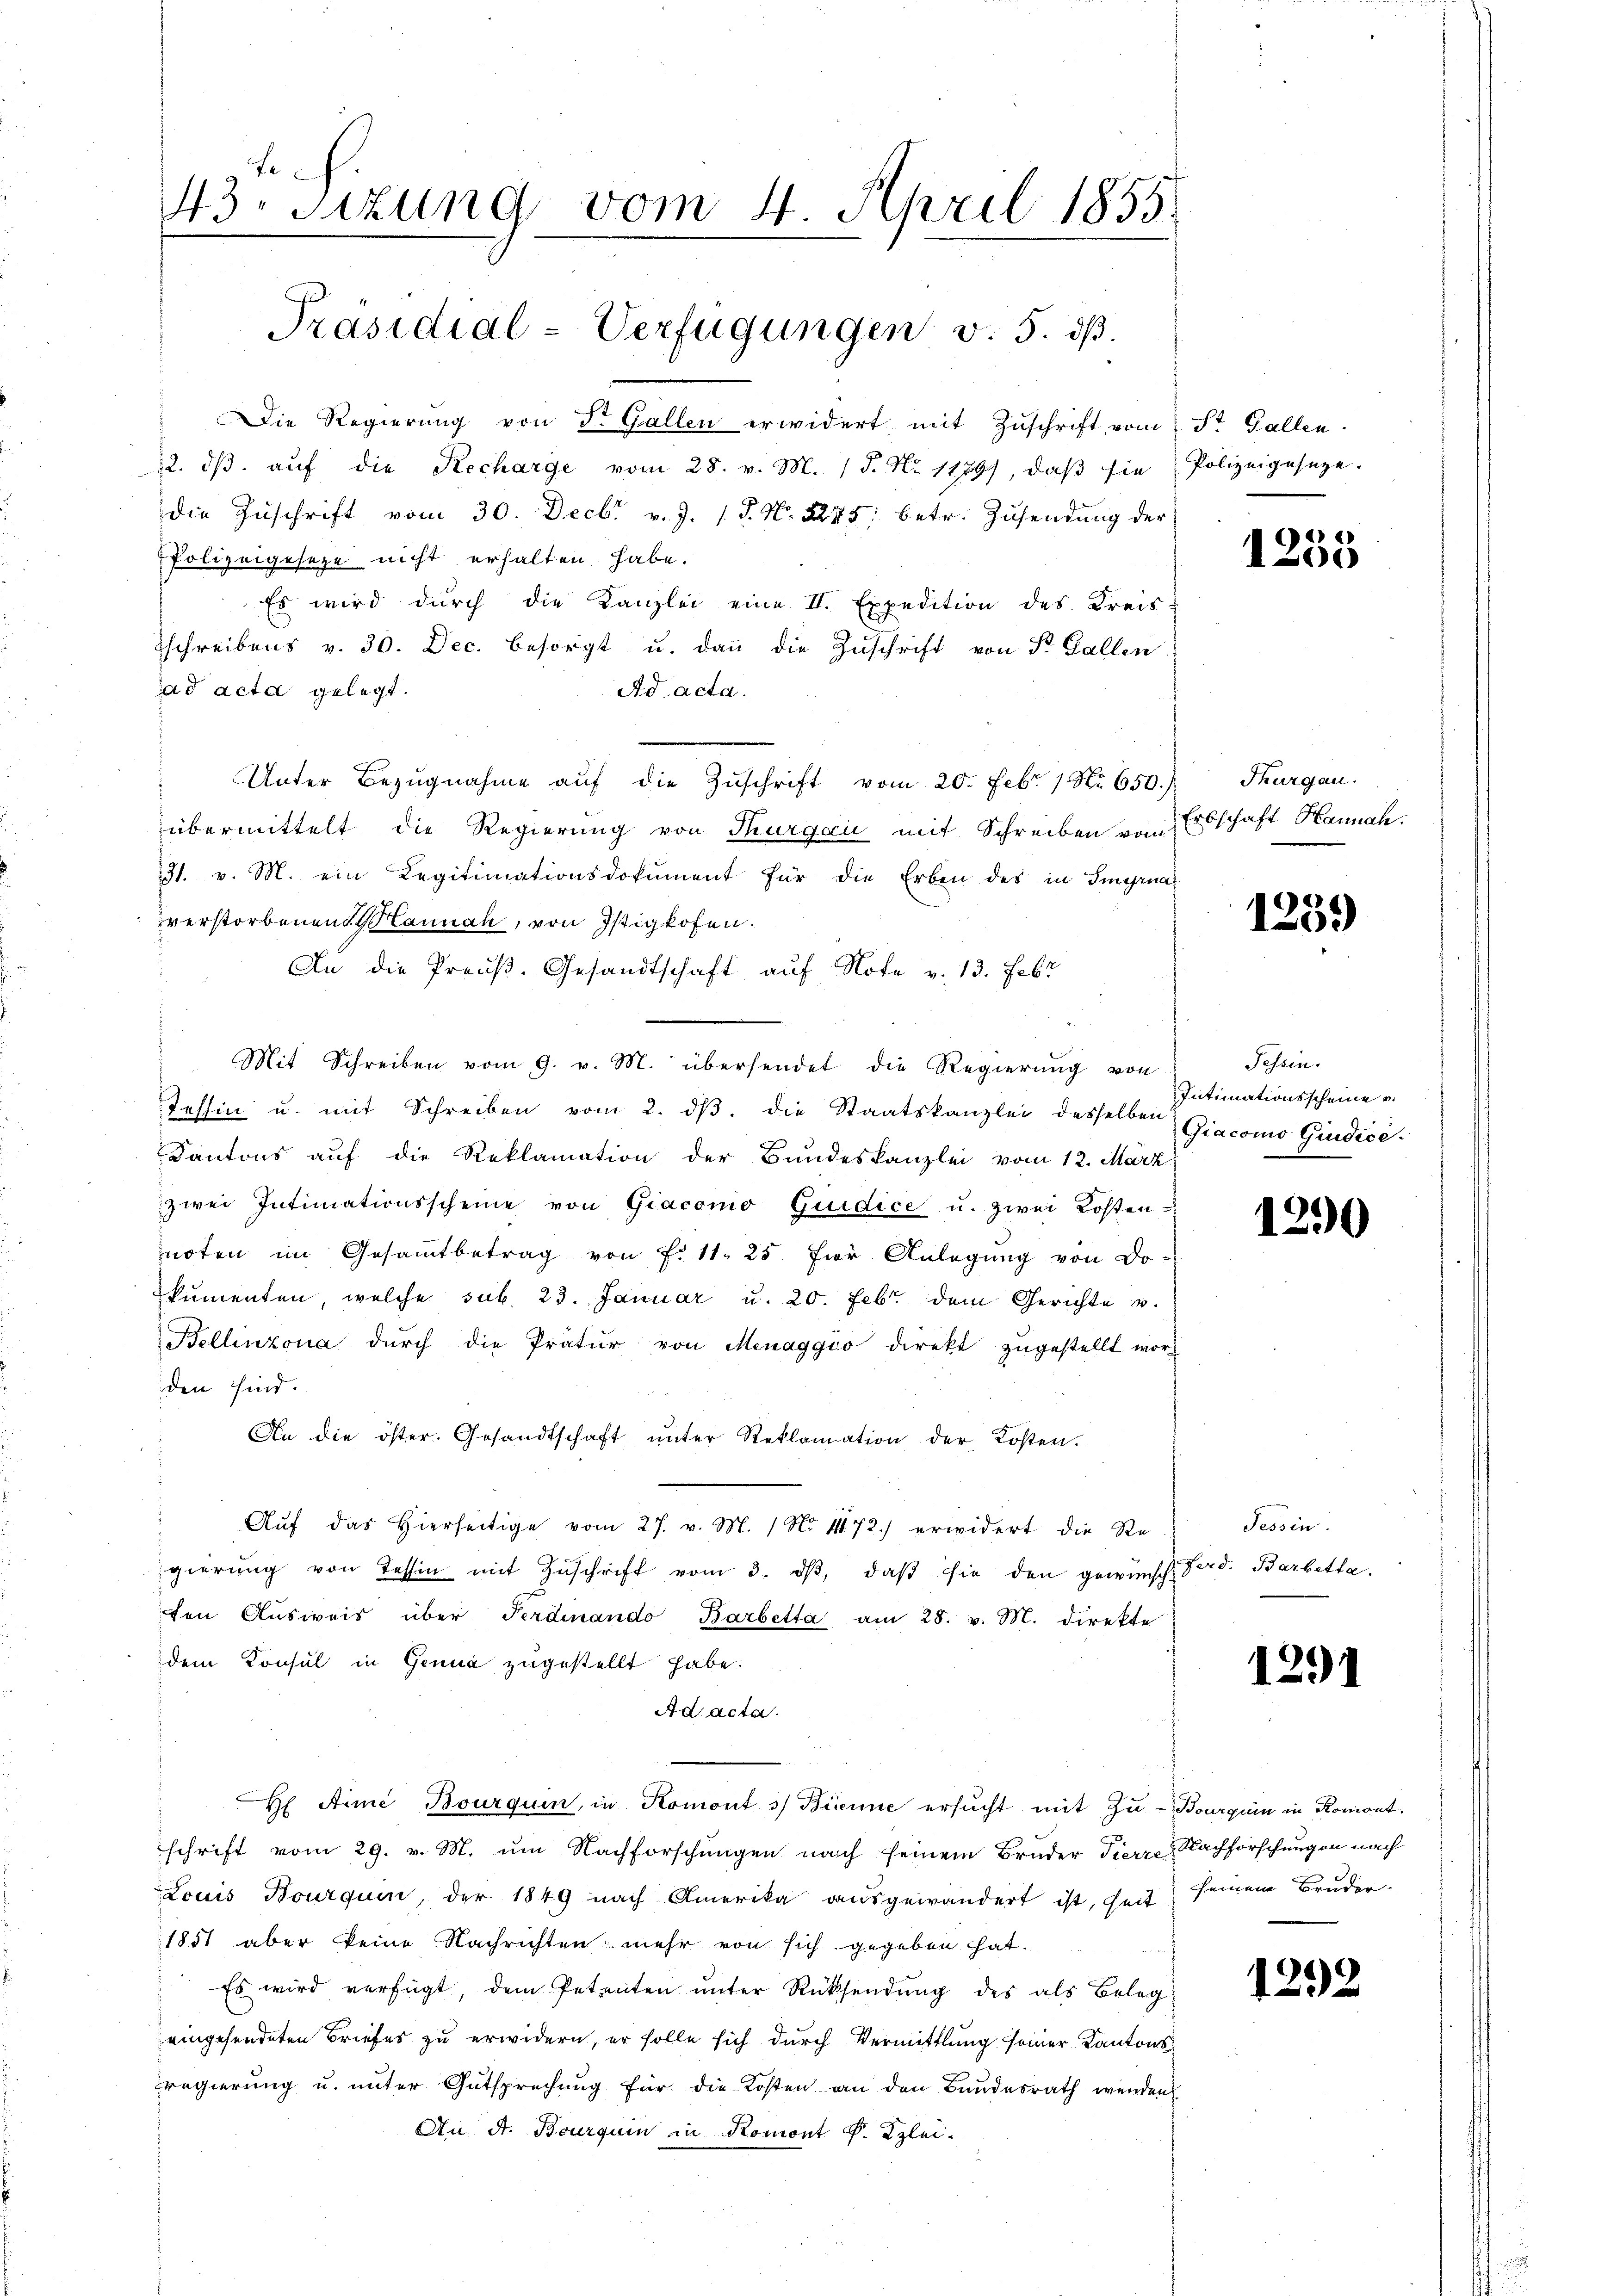
43. Sizung vom 4. April 1855.
Präsidial-Verfügungen v. 5. dβ.

Die Regierung von d. Gallen erwidert mit Zuschrift vom St. Gallen.
22. dβ aŭf die Recharge vom 28. v. M. 15. No 1179), daβ sie Polizeigeseze.
die Zuschrift vom 30. Decbr v. J. 1 S. Nr. 2245; betr. Zusendung der
Polizeigeseze nicht erhalten habe.
Es wird durch die Kanzlei eine II. Expedition des Kreisschreibens v. 30. Dec. besorgt u. dann die Zuschrift von St. Gallen
ad acta gelegt.
Ad acta.
 Unter Bezŭgnahme aŭf die Zŭschrift vom 20. Febr. 1 Nr. 650.)
übermittelt die Regierung von Thurgau mit Schreiben vom
31. v. M. ein Legitimationsdokument für die Erben des in Signa
verstorbenen Mannah, von Istigkofen.
An die Preuß. Gesandtschaft auf Note v. 13. Febr
Mit Schreiben vom 9. v. M. übersendet die Regierŭng von
Tessin u. mit Schreiben vom 2. dβ. die Staatskanzlei desselben Giacomo Giudice
Kantons auf die Reklamation der Bundeskanzlei vom 12. März
zwei Intimationsscheine von Giacomo Guidice u. zwei Kosten
noten im Gesammtbetrag von f. 11. 25 für Anlegung von Do-
kumenten, welche sub. 23. Januar u. 20. Febr. dem Gerichte u.
Bellinzona dŭrch die Pratŭr von Menaggio direkt zŭgestellt wor
den sind.
An die öster. Gesandtschaft ŭnter Reklamation der Kosten.
Aŭf das hierseitige vom 27. v. M. / No. 472.) erwidert die Re
gierŭng von Tessin mit Zŭschrift vom 3. dβ, daβ sie den gewünsch Ferd. Barbitte
ten Aŭsweis über Ferdinando Barbetta am 28. v. M. direkte
dem Konsul in Genua zugestellt habe:
Ad acta.
H Arme Bourquin, in Komont 3) Bienne ersucht mit Zu- Bourquin in Romont.
schrift vom 29. v. M. um Nachforschungen nach seinem Bruder Tierre Nachforschungen nach
Louis Bourquin, der 1849 nach Amerika ausgewandert ist, heit seinem Bruder-
1851 aber keine Nachrichten mehr von sich gegeben hat.
 Es wird verfügt, dem Petenten ŭnter Rücksendŭng des als Beleg
eingesendeten Briefes zu erwidern, er solle sich durch Vermittlung seiner Kantonsregierung u. unter Gutsprechung für die Kosten an den Bundesrath wenden
An A. Bourquin in Romont P. Zzlei-

1255

Thurgau.
Erbschaft Hannah

1259

Tessin.
Intimationsscheine

1290

Tessin.

1291

1292